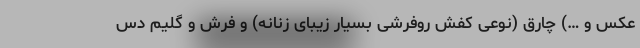
عکس و …) چارق (نوعی کفش روفرشی بسیار زیبای زنانه) و فرش و گلیم دس